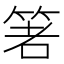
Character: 𥭻